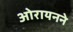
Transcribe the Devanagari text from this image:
ओरायनने